Indian journal of veterinary science and animal husbandry - Volume 13,
Year: 1943
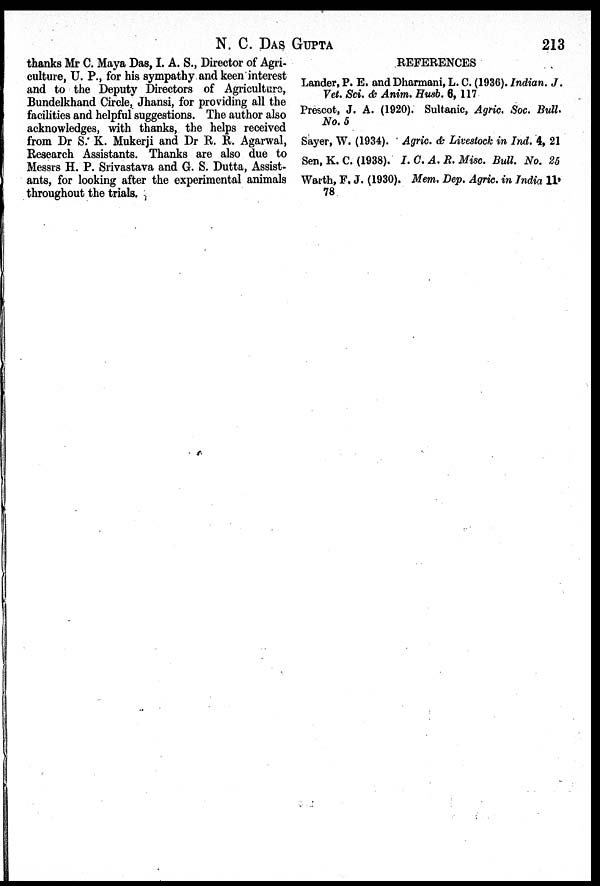
N. C. DAS GUPTA 213
thanks Mr C. Maya Das, I. A. S., Director of Agri-
culture, U. P., for his sympathy and keen interest
and to the Deputy Directors of Agriculture,
Bundelkhand Circle, Jhansi, for providing all the
facilities and helpful suggestions. The author also
acknowledges, with thanks, the helps received
from Dr S. K. Mukerji and Dr R. R. Agarwal,
Research Assistants. Thanks are also due to
Messrs H. P. Srivastava and G. S. Dutta, Assist-
ants, for looking after the experimental animals
throughout the trials.
REFERENCES
Lander, P. E. and Dharmani, L. C. (1936). Indian. J.
Vet. Sci. & Anim. Husb. 6, 117
Prescot, J. A. (1920). Sultanic, Agric. Soc. Bull.
No. 5
Sayer, W. (1934). Agric. & Livestock in Ind. 4, 21
Sen, K. C. (1938). I. C. A. R. Misc. Bull. No. 25
Warth, F. J. (1930). Mem. Dep. Agric. in India 11,
78